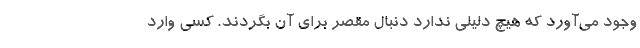
وجود می‌آورد که هیچ دلیلی ندارد دنبال مقصر برای آن بگردند. کسی وارد